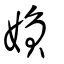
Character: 媍